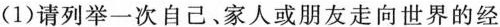
(1)请列举一次自己、家人或朋友走向世界的经